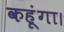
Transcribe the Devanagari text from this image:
कहूंगा।